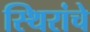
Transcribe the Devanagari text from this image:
स्थिरांचे